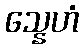
သ္နေဟံ